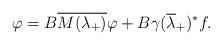
LaTeX: \begin{align*} \varphi=B\overline{M(\lambda_+)}\varphi + B\gamma(\overline\lambda_+)^* f.\end{align*}